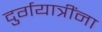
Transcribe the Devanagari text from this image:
दुर्गयात्रींना